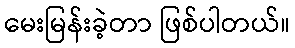
မေးမြန်းခဲ့တာ ဖြစ်ပါတယ်။